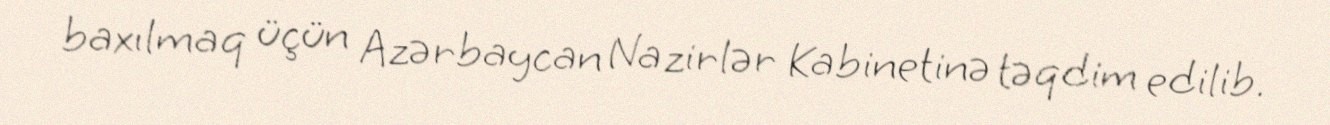
baxılmaq üçün Azərbaycan Nazirlər Kabinetinə təqdim edilib.